Calcutta medical institutions reports 1892-1900
Year: 1892
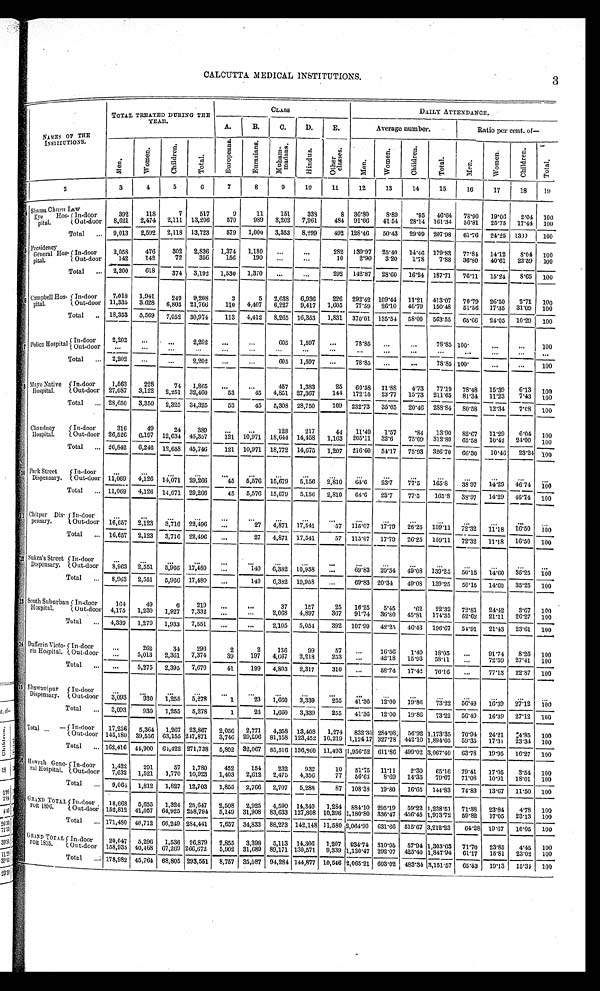
3
CALCUTTA MEDICAL INSTITUTIONS.
NAMES OF THE
INSTITUTIONS.
TOTAL TREATED DURING THE
YEAR.
CLASS
D A I L Y A T T E N D A N C E .
A.
B.
C.
D.
E.
Average number.
Ratio per cent of
—
M e n .
W o m e n .
C h i l d r e n .
T o t a l .
E u r o p e a n s .
E u r a s i a n s .
M u h a m - m a d a n s .
H i n d u s .
O t h e r c l a s s e s .
M e n .
Women.
C h i l d r e n .
T o t a l .
M e n .
W o m e n .
C h i l d r e n .
T o t a l .
1
2
3
4
5
6
7
8
9
10
11
12
13
14
15
16
17
18
19
4
Shama Churn Law
Eye Hos
-pital.
In-door
392
118
7
517
9
11
151
338
8
36.80
8.89
.95
46.64
78.90
19.06
2.04
100
3,202
7,961
484 91.66
41.54
28.14 161.34
56.81
25.75
17.44
100
570
989
2,474
2,111 13,206
8,621
Out-door
492 128.46
50.43
29.09
207.98
61.76
24.25
1390
100
Total . . .
9,013
2,592
2,118
13,723
579
1,000
3,353
8,299
5
Pr e s i de nc y
Gèneral Hos
-pital.
In-door
2,058
476
302
2,836
1 , 3 7 4
1,180
. . .
. . .
282
139.97
25.40
14.46
179.83
77.84
14.12
8.04
100
1 5 6
190
. . .
. . .
10
2 . 9 0
3.20
1 . 7 8
7 . 8 8
3 6 . 8 0
4 0 . 6 1
22.59
100
356
142
142
7 2
Out-door
Total . . .
2,200
618
3 7 4
3,192 1,530
1,370
. . .
. . .
292
142.87
28.60
16.24
187.71
76.11
15.24
8.65
100
6
Campbell Hos-pital
In-door
7,018
1,941
249
9,208
3
5
2,038
6,936
226
292.42 109.44
11.21
413.07
70.79
26.50
2.71
100
11,335
3.628
110
4,407
6,227
9,417
1,605
77.59
26.10
46.79
150.48
51.56
17.35
31.09
100
6,803 21,766
Out-door
Total . . . 18,353
5,569
7,052
3 0 , 9 7 4
113
4,412
8,265 16,353
1,831
370.01 135.54
58.00
563.55
65.66
24.05
10.29
100
7
Police Hospital
In-door
2,202
. . .
. . .
2,202
. . .
. . .
605
1,597
. . .
78.85
. . .
. . .
78.85 100.
. . .
. . .
100
Out-door
. . .
. . .
. . .
. . .
. . .
. . .
. . .
. . .
. . .
. . .
. . .
. . .
. . . . . .
. . .
. . .
. . .
Total . . .
2,202
. . .
. . .
2,202
. . .
. . .
605
1,597
. . .
78.85
. . .
. . .
78.85 100.
. . .
. . .
100
8
Mayo Native
Hospital.
In-door
1,563
228
74
1,865
. . .
. . .
457
1,383
25
60.58
11.88
4.73
77.19
78.48
15.39
6.13
100
144 172.15
23.77
15.73
211.65
81.34
11.23
7.43
100
Out-door
27,087
3,122
2,251 32,460
53
45
4,851 27,367
Total . . . 28,650
3,350
2,325
34,325
53
45
5,308 28,750
169
232.73
35.65
20.46
288.84
80.58
12.34
7.08
100
9
Chandney
Hospital.
In-door
316
49
24
389
. . .
. . .
128
217
44
11.49
1.57
.84
13.90
82.67
11.29
6.04
100
205.11
32.6
75.09
312.80
65.58
10.42
24.00
100
Out-door 26,526
6,197
12,634 45,357
121 10,971
18,644 14,458
1,163
Total . . . 26,842
6,246 12,658 45,746
121 10,971 18,772
14,675
1,207
216.60
34.17
75.93
326.70
66.30
10.46
23.24 100
1 0
Park Street
Dispensary.
In-door
. . .
. . .
. . .
. . .
. . .
. . . . . .
. . .
. . .
. . . . . .
. . .
. . . . . .
. . .
. . .
. . .
5,156
2,810
6 4 . 6
23.7
77.5
165.8
38.97
14.29
46.74
1 0 0
Out-door 11,069
4,126 14,071
29,266
45
5,576 15,679
Total . . . 11,069
4,126
14,071 29,266
45
5,576
15,679
5,156
2,810
64.6
23.7
77.5
165.8
38.97
14.29
46.74
100
1 1 Chitpur Dis-
pensary.
In-door
. . .
. . .
. . .
. . .
. . .
. . .
. . .. . .
. . .
. . .
. . .
. . .
. . .
. . .
. . .
. . .
. . .
16.50
Out-door
16,657
2,123
3,716 22,496
. . .
27
4,871 17,541
57
115.07
17.79
26.25
159.11
72.32
11.18
1 0 0
Total . . . 16,657
2,123
3,716 22,496
. . .
27
4,871 17,541
57
115.07
17.79
26.25
159.11
72.32
11.18
16.50
100
1 2 Sukea's Street
Dispensary.
In-door
. . .
. . .
. . .
. . .
. . .
. . .
. . .
. . .. . .
. . .
. . .
. . .
. . .
. . .
. . .
. . .
. . .
Out-door
8 , 9 6 3
2,551
5,966 17,480
. . .
140
6,382
10,958
. . .
6 9 . 8 3 20.34
46.08
139.25
50.15
14.60
3 5 . 2 5
1 0 0
Total . . .
8,963
2,551
5,966 17,480
. . .
140
6,382
10,958
. . .
69.83 20.34
49.08
139.25
50.15
14.60
35.25
100
1 3 South Suburban
Hospital.
In-door
164
49
6
219
. . .
. . .
37
157
25
16.25
5.45
.62
22.32
72.81
24.42
3.67
100
Out-door 4,175
1,230
1,927
7,332
. . .
. . .
2,068
4,897
367
91.74
36.80
45.81
174.35
52.62
2 1 . 1 1
26.27
100
Total . . .
4,339
1,279
1,933
7,551
. . .
. . .
2,105
5,054
392
107.99
42.25
46.43
196.67
54.91
21.48
23.61
100
1 4 Dufferin Victo-
ria Hospital.
In-door
. . .
262
34
296
2
2
130
99
57
. . .
16.56
1.49
18.05
. . .
91.74
8.26
100
Out-door
. . .
5,013
2,361
7,374
39
197
4,667
2,218
253
. . .
42.18
15.93
58.11
. . .
72.59
27.41
100
Total . . .
. . .
5,275
2,395
7,670
41
199
4,803
2,317
310
. . .
58.74
17.42
76.16
. . .
77.13
22.87
100
1 5
Bhawanipur
Dispensary.
In-door
. . .
. . .
. . .
. . .
. . .
. . .
. . .
. . .
. . .
. . .
. . .
. . .
. . .
. . .
. . .
. . .
. . .
Out-door
3,093
930
1,255
5,278
1
23
1,660
3,339
255
41.36
12.00
19.86
73.22
56.49
1 6 . 3 9
2 7 . 1 2
1 0 0
Total . . .
3,093
930
1,255
5,278
1
23
1,660
3,339
255
41.36
12.00
19.86
73.22
56.49
16.39
27.12
100
Total . . . In-door
17,236
5,364
1,267 23,867
2,056
2,771
4,358 13,408
1,274
832.35 284.08 56.92 1,173.35
70.94
24.21
4.85
100
Out-door 145,180 39,536 63,155 247,871
3,746 29,296 81,158 123,452 10,219 1,124 17 327.78 442.10 1,894.05
59.35
17.31
23.34
100
Total . . . 162,416 44,900 64,422 271,738
5,802 32,067
85,516 136,860 11,493 1,956.52 611.86 499.02 3,067.40
63.78
19.95
16.27
100
1 6 Howrah Gene-
ral Hospital.
In-door
1,432
291
57
1,780
452
154
232
932
10
51.75
11.11
2.30
65.16
79.41
17.05
3.54
100
Out-door
7,632
1,521
1,770 10,923
1,403
2,612
2,475
4,356
77
56.63
8.69
14.35
79.67
71.08
10.91
18.01
100
Total . . .
9,064 1,812
1,827
12,703
1,855
2,766
2,707
5,288
87
108.38
19.80
16.65
144.83
74.83
13.67
11.50
100
GRAND TOTAL FOR1896.
In-door
18,668
5,655
1,324 25,647
2,508
2,925
4,590 14,340
1,284 884.10 295.19
59.22 1,238.51
71.38
23.84
4.78
100
456.45 1,973.72
59.82
17.05
23.13
100
Out-door 152,812 41,057
64,925 258,794
5,149 31,908 83,633 127,808 10,296 1,180.80 336.47
Total
. . . 171,480 46,712 66,249 284,441
7,657 34,833
88,223 142,148 11,580 2,064.90 631.66 515.67 3,212.23
64.28 19.67
16.05
100
GRAND TOTAL FOR 1895.
In-door
20,047
5,296
1,536
26,879
2,855
3,398
5,113 14,306
1,207
934.74 310.95
57.94 1,303.63
71.70
23.85
4.45
100
89,171 130,571
9,339 1,130.47 292.07
425.40 1 ,847.94
61.17
15.81
23.02
100
31,689
Out-door 158,935 40,468
67,269 266,672
5,902
Total . . . 178,982 45,764 68,805 293,551
8,757 35,087
94,284 144,877 10,546 2,065.21 603.02
483.34 3,151.57
65.53
19.13
15.34 100